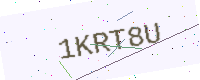
Text: 1KRT8U